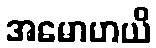
အမောဟယိ